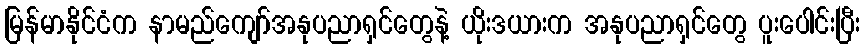
မြန်မာနိုင်ငံက နာမည်ကျော်အနုပညာရှင်တွေနဲ့ ယိုးဒယားက အနုပညာရှင်တွေ ပူးပေါင်းပြီး